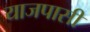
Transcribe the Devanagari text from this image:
याजपासी